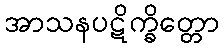
အာသနပဋိက္ခိတ္တော